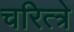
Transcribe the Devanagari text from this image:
चरित्त्रे